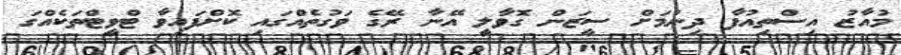
މުއާޒު އިސްތިއުފާ ދިނުމަށް ސީޒަން ގޮވާަލީ އޭނާ ރޭގެ ވަގުތެއްގައި ކޮށްފައިވާ ޓްވީޓްތަކެއްގަ